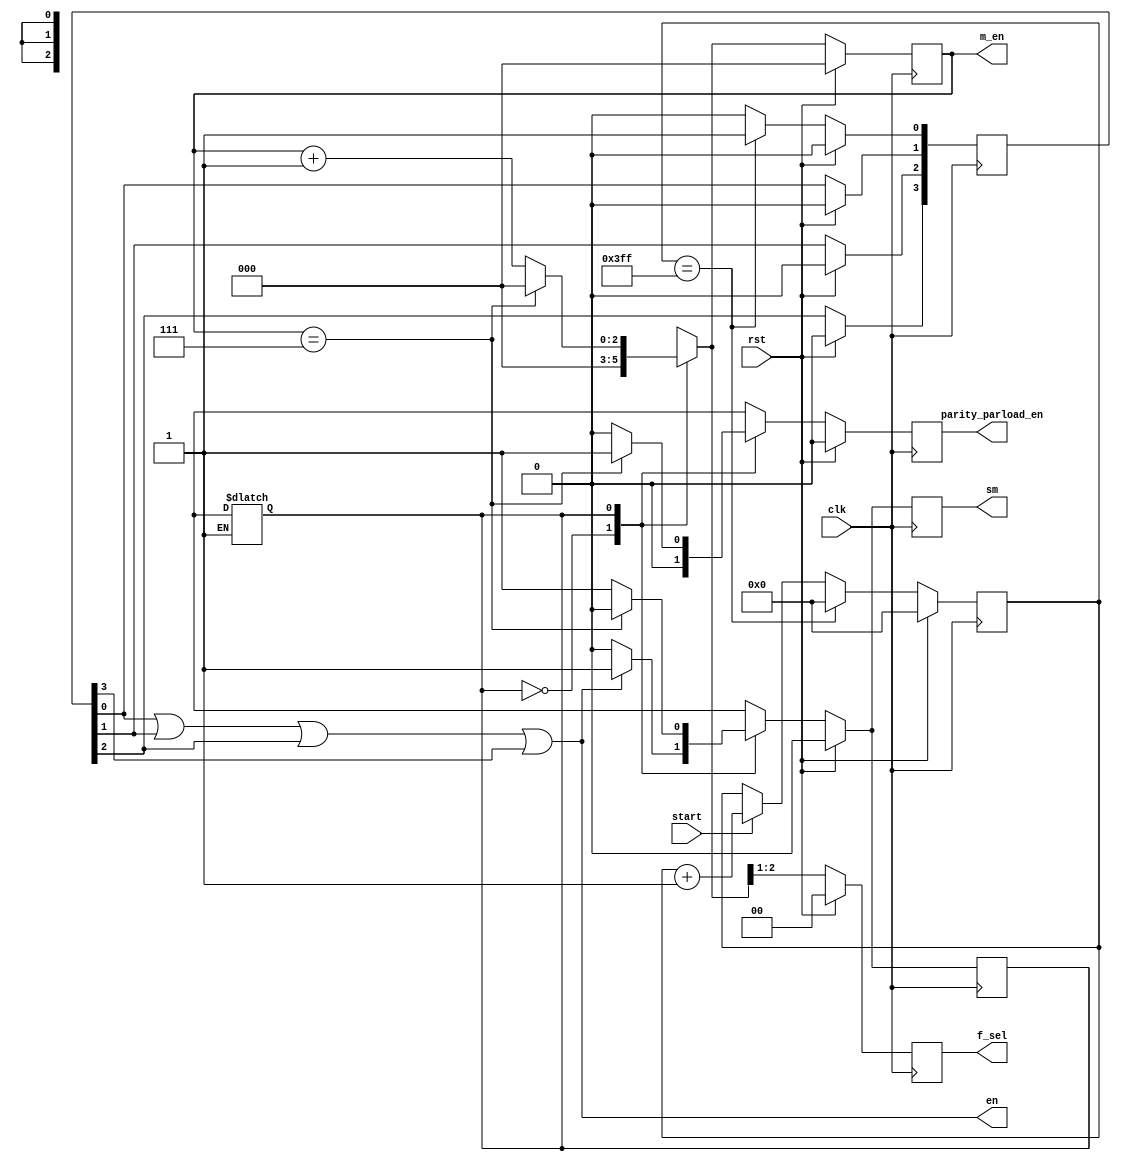
`timescale 1ns / 1ps
//////////////////////////////////////////////////////////////////////////////////
// Company: 
// Engineer: 
// 
// Design Name: 
// Module Name: counter_load
// Project Name: 
// Target Devices: 
// Tool Versions: 
// Description: 
// 
// Dependencies: 
// 
// Revision:
// Revision 0.01 - File Created
// Additional Comments:
// 
//////////////////////////////////////////////////////////////////////////////////


module counter_load(en,parity_parload_en, f_sel, m_en,sm,start,rst,clk);
parameter K=1024;//1024
parameter Lm = 16;
parameter La=8;
parameter MSEL_BITSIZE = 3;//log2(K/(Lm*La))

parameter s0=1'b0,s1=1'b1;
output reg en;
output reg parity_parload_en;
output reg [1:0] f_sel;
output reg [MSEL_BITSIZE-1:0]m_en;
output reg sm;//after 4 clock message will zero other parity bit will ex-or with default value
input start; //to control count1
input rst;
input clk;
reg [10:0]count1;
//reg [1:0]count_mux;
reg p_s,n_s,sm1, p_en_next;
reg [MSEL_BITSIZE-1:0]m_en_next;

reg[3:0] en_delay;

//always @(posedge clk) begin
//  if(rst) 
//  begin
//    en<=1'b0;
//    count1<='d0;
//  end
//  else if(count1==K-1)
//  begin 
//    en<=1'b1;
//    count1<='d0;
//  end
//  else if(start==1) 
//  begin
//    count1<= count1+1;
//    en<=1'b0; 
//  end 
//  else 
//  begin
//    count1<= count1;
//    en<=1'b0; 
//  end    
//end

always @(posedge clk) begin
  if(rst) 
  begin
    count1<=0;
  end
  else if(count1==K-1)
  begin 
    count1<=0;
  end
  else if(start==1) 
  begin
    count1<= count1+1;
  end 
  else 
  begin
    count1<= count1;
  end    
end

always@(posedge clk)
begin
  if(rst)
    en_delay<=4'b0;
  else if(count1==K-1)
  begin
    en_delay[0]<=1'b1;
    en_delay[1]<=en_delay[0];
    en_delay[2]<=en_delay[1];
    en_delay[3]<=en_delay[2];
  end
  else
    begin
      en_delay[0]<=1'b0;
      en_delay[1]<=en_delay[0];
      en_delay[2]<=en_delay[1];
      en_delay[3]<=en_delay[2];      
    end
end

always@(en_delay)
  en = en_delay[0] | en_delay[1] | en_delay[2] | en_delay[3];

always@(posedge clk)
if(rst) begin
  p_s<=s0;
  m_en<=0;
  f_sel<=0;
  sm<=1'b0; 
  parity_parload_en<=0;
  end
else begin
  p_s<=n_s;
  m_en<=m_en_next;
  f_sel<=m_en_next[MSEL_BITSIZE-1:1];//if m_en bitsize is more than 2.
  sm<=sm1; 
  parity_parload_en<=p_en_next;
end

always@(p_s,en,m_en)
case(p_s)
 s0: if(en==1'b0)
     begin
         m_en_next=0;
         n_s=s0;
         sm1=1'b0;
         p_en_next=0;//
     end
     else 
     begin
         m_en_next=0;
         n_s=s1;
         sm1=1'b1; 
         p_en_next=0;//
      end
 s1 : if(m_en==(K/(Lm*La))-1) //corr: was m_en_next
      begin 
        n_s=s0;
        m_en_next=0;
        sm1=1'b0;
        p_en_next=1;//
      end
      else
      begin
        m_en_next=m_en+1;//corr: was m_en_next
        n_s=s1;
        sm1=1'b1;
        p_en_next=0;//
      end
   default : begin
         p_s=s0;
         m_en_next=0;
         sm1=1'b0; 
         p_en_next=0;
         end
         endcase     
endmodule